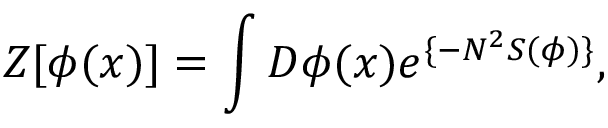
Z [ \phi ( x ) ] = \int D \phi ( x ) e ^ { \{ - N ^ { 2 } S ( \phi ) \} } ,